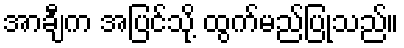
အာချီက အပြင်သို့ ထွက်မည်ပြုသည်။